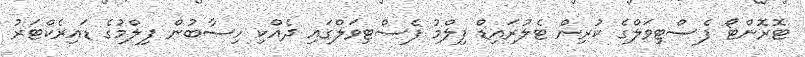
ޓޮރޮންޓޯ ފެސްޓިވަލްގެ ކުރިން ޓެލުރައިޑް ފިލްމު ފެސްޓިވަލްގައި ދެއްކި ހިސާބުން ފިލްމުގެ ޑައިރެކްޓަރު